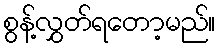
စွန့်လွှတ်ရတော့မည်။